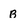
Character: B